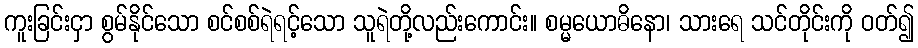
ကူးခြင်းငှာ စွမ်နိုင်သော စင်စစ်ရဲရင့်သော သူရဲတို့လည်းကောင်း။ စမ္မယောဓိနော၊ သားရေ သင်တိုင်းကို ဝတ်၍